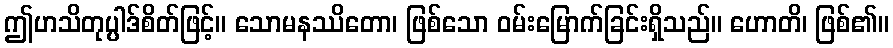
ဤဟသိတုပ္ပါဒ်စိတ်ဖြင့်။ သောမနဿိတော၊ ဖြစ်သော ဝမ်းမြောက်ခြင်းရှိသည်။ ဟောတိ၊ ဖြစ်၏။